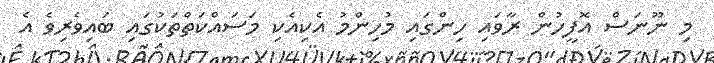
މި ނޫނަސް އޮފީހުން ރާވައި ހިންގައި މުހިންމު އެކިއެކި މަސައްކަތްތަކުގައި ބައިވެރިވެ އެ